Vital statistics of India. Vol. VI, European troops 1870-79
Year: 1870
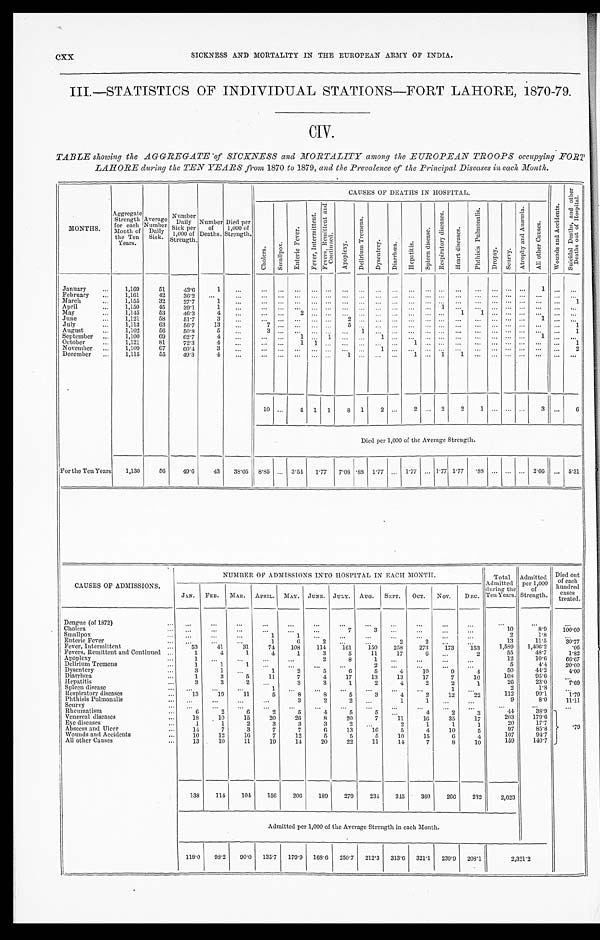
CXX
SICKNESS AND MORTALITY IN THE EUROPEAN ARMY OF INDIA.
III.—STATISTICS OF INDIVIDUAL STATIONS—FORT LAHORE, 1870-79.
CIV.
TABLE showing the AGGREGATE of SICKNESS and MORTALITY among the EUROPEAN TROOPS occupying FORT
LAHORE during the TEN YEARS from 1870 to 1879, and the Prevalence of the Principal Diseases in each Month.
MONTHS.
Aggregate Strength
for each
Month of
the Ten
Years.
Average
Number Daily S i c k .
Number Daily
Sick per
1 , 0 0 0 o f
S t r e n g t h .
Number of
Deaths.
Died per
1,000 of
Strength.
CAUSES OF DEATHS I N HOSPI TAL.
W o u n d s a n d A c c i d e n t s .
S u i c i d a l D e a t h s , a n d o t h e r
D e a t h s o u t o f H o s p i t a l .
C h o l e r a .
S m a l l p o x .
E n t e r i c F e v e r .
F e v e r , I n t e r m i t t e n t .
F e v e r , R e m i t t e n t a n d
C o n t i n u e d .
A p o p l e x y .
D e l i r i u m T r e m e n s .
D y s e n t e r y . D i a r r h œ a . H e p a t i t i s .
S p l e e n d i s e a s e s .
R e s p i r a t o r y d i s e a s e s .
H e a r t d i s e a s e s .
P h t h i s i s P u l m o n a l i s .
Dr opsy.
S c u r v y .
A t r o p h y a n d A n æ m i a .
A l l o t h e r C a u s e s .
January
1,169 51 43.6
1
1
February
1,161 42 36.2
March
1,155 32 27.7 1
1
April
1,150 45 39.1
1
1
May
1,145
5 3 46.3 4
2
1 1
June
1,121 58 51.7
3
2
1
July
1,113 63 56.7 13
7
5
1
August
1,102 56 50.8 5
3
1
1
September
1,100 69 62.7
4
1
1
1
1
October
1,121 81 72.3 4
1
1
1
1
November
1,109 67 60.4
3
1
2
December
1,115 55 49.3
4
1
1
1
1
10
4 1 1 8 1 2
2
2 2 1
3
6
Died per 1,000 of the Average Strength.
For the Ten Years 1,130 56 49.6 43
3 8 . 0 5
8. 85 3.54 1. 77 7.08 . 8 8 1 . 7 7
1. 77 1.77 1.77
. 8 8
2 . 6 6
5.31
CAUSES OF ADMISSIONS.
NUMBER OF ADMISSIONS INTO HOSPITAL IN EACH MONTH.
Total
Admitted
during the
Ten Years.
Admitted per 1,000
of
Strength.
Died out
of each
hundred cases treated.
JAN. FEB. MAR. APRIL. MAY. JUNE. JULY. AUG. SEPT. OCT. NOV. DEC.
Dengue (of 1872)
Chol era
7
3
10
8.9 100. 00
Smallpox
1
1
2
1.8
Enteric Fever
1 6
2
2
2
13
11.5 30. 77
Fever, Intermittent
53 41 31 74 108 114 161 150 258 273 173 153 1,589 1,406.2
. 0 6
Fevers, Remittent and Continued
1
4
1
4
1
3
5 11 17
6
2
55
48.7
1 . 8 2
Apoplexy
1
2
8
1
12
10.6 6 6 . 6 7
Delirium Tremens
1
1
1
2
5
4.4 20. 00
Dysentery
3
1
1
2
5
6
5
4 10
9
4
50
44.2 4 . 0 0
Diarrhœa
1 3
5 11
7
4 17 13 13 17
7 10
108
95.6
Hepatitis
3 3
2
3
3
1
2
4 2
2
1
26
23.0 7 . 6 9
Spleen disease
1
1
2
1.8
Respi ratory di seases
1 3 19 11
5
8
8
5
3
4
2 12 22
112
99.1 1 . 7 9
Phthisis Pulmonalis
3
2
2
1
1
9
8.0 1 1 . 1 1
Scurvy
R h e u m a t i s m 6
2
6
2
5
4
5
5
4 2
3
44 38.9
.79
Venereal di seases
18 10 15 20 26
8 20
7 11 16 35 17
203 179.6
Eye di seases
1
1
2
3
3
3
2
2
1
1
1
20
17.7
Abscess and Ulcer
14
7
3
7
7
6 13 16
5
4
1 0 5
97
85.8
Wounds and Accidents
1 0 12 16
7 12
5
5
5 10 15
6
4
107
94.7
All other Causes
1 3
10 11 19 14 20 22 11 14 7
8 10
159 140.7
138 114 104 156 206 189 279 234 345 360 266 232 2,623
Admitted per 1,000 of the Average Strength in each Month.
118.0 98.2 90.0 135.7 179.9 168.6 250.7 212.3 313.6 321.1 239.9 208.1
2,321.2